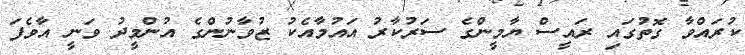
ކުރައްވާ ގޮތުގައި ރައީސް ޔާމީންގެ ސަރުކާރު އައުމާއެކު ޒުވާނުންގެ އުންމީދު ވަނީ އާވެފަ